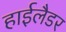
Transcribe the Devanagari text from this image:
हाईलैडर